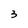
Character: 3